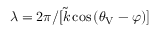
\lambda = 2 \pi / [ \tilde { k } \cos { ( \theta _ { \protect \mathrm { V } } - \varphi ) } ]